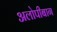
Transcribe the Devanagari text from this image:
अलोपीबाग